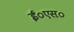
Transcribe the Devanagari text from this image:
ई०एस०